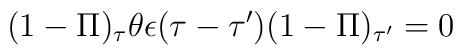
(1-\Pi )_\tau \theta \epsilon (\tau -\tau') (1-\Pi )_{\tau'}=0